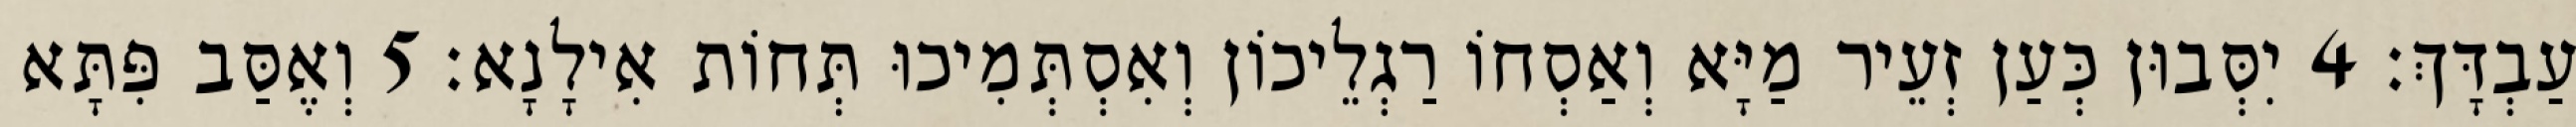
עַבְדָּךְ׃ 4 יִסְּבוּן כְּעַן זְעֵיר מַיָּא וְאַסְחוֹ רַגְלֵיכוֹן וְאִסְתְּמִיכוּ תְּחוֹת אִילָנָא׃ 5 וְאֶסַּב פִּתָּא